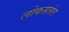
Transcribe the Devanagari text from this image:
लोकसत्तेत